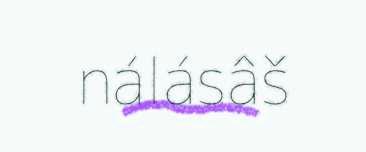
nálásâš